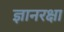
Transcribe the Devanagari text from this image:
ज्ञानरक्षा